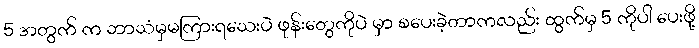
5 အတွက် က ဘာသံမှမကြားရသေးပဲ ဖုန်းတွေကိုပဲ မှာ စပေးခဲ့တာကလည်း ထွက်မှ 5 ကိုပါ ပေးဖို့